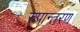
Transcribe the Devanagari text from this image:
रुपान्‍तरण